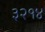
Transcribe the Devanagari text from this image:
३२१४